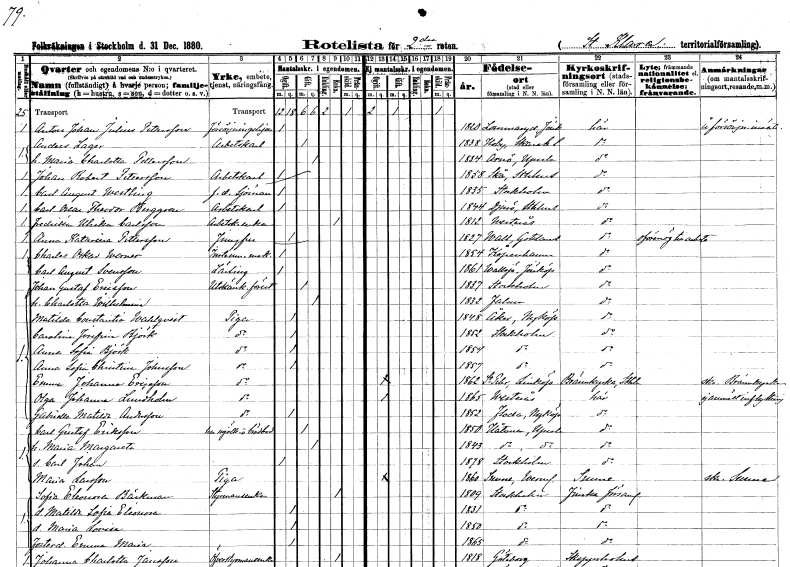
gt_parse: households: individuals: FN: Anton Johan Julius
EN: Pettersson
YRKE: Försörjningshjon
KON: M
CIV: O
FODAR: 1820
FODFORS: Lommaryd Jönköpings län
FN: Anders
EN: Lager
YRKE: Arbetskarl
KON: M
CIV: G
FODAR: 1838
FODFORS: Hovby Skaraborgs län
FN: Maria Charlotta
EN: Pettersson
KON: K
CIV: G
FODAR: 1834
FODFORS: Arnö Uppsala län
FN: Johan Robert
EN: Pettersson
YRKE: Arbetskarl
KON: M
CIV: O
FODAR: 1858
FODFORS: Skå Stockholms län
FN: Carl August
EN: Westling
YRKE: Sjöman f.d.
KON: M
CIV: O
FODAR: 1835
FODFORS: Stockholm
FN: Carl Oscar Theodor
EN: Berggren
YRKE: Arbetskarl
KON: M
CIV: O
FODAR: 1844
FODFORS: Djurö Stockholms län
FN: Fredrika Ulrika
EN: Carlsson
YRKE: Arbetskarlsänka
KON: K
CIV: E
FODAR: 1812
FODFORS: Västerås Västmanlands län
FN: Anna Katarina
EN: Pettersson
YRKE: Jungfru
KON: K
CIV: O
FODAR: 1827
FODFORS: Vall Gotlands län
FN: Charles Oskar
EN: Werner
YRKE: Instrumentmakare
KON: M
CIV: O
FODAR: 1854
FN: Carl August
EN: Svensson
YRKE: Lärling
KON: M
CIV: O
FODAR: 1861
FODFORS: Vallsjö Jönköpings län
FN: Johan Gustaf
EN: Ericsson
YRKE: Utskänkningsföreståndare
KON: M
CIV: G
FODAR: 1837
FODFORS: Stockholm
FN: Charlotta Wilhelmina
KON: K
CIV: G
FODAR: 1832
FODFORS: Falun Kopparbergs län
FN: Matilda Constantia
EN: Wahlqvist
YRKE: Piga
KON: K
CIV: O
FODAR: 1848
FODFORS: Åker Södermanlands län
FN: Carolina Josefina
EN: Björk
YRKE: Piga
KON: K
CIV: O
FODAR: 1852
FODFORS: Stockholm
FN: Anna Sofia
EN: Björk
YRKE: Piga
KON: K
CIV: O
FODAR: 1854
FODFORS: Stockholm
FN: Anna Sofia Christina
EN: Johnsson
YRKE: Piga
KON: K
CIV: O
FODAR: 1857
FODFORS: Stockholm
FN: Emma Johanna
EN: Ericsson
YRKE: Piga
KON: K
CIV: O
FODAR: 1862
FODFORS: Sankt Per Vadstena Östergötlands län
FN: Olga Johanna
EN: Lundholm
YRKE: Piga
KON: K
CIV: O
FODAR: 1865
FODFORS: Västerås Västmanlands län
FN: Gabriella Matilda
EN: Andersson
YRKE: Piga
KON: K
CIV: O
FODAR: 1852
FODFORS: Floda Södermanlands län
FN: Carl Gustaf
EN: Eriksson
YRKE: Har Mjölk- och brödbod
KON: M
CIV: G
FODAR: 1850
FODFORS: Håtuna Stockholms län
FN: Maria Margareta
KON: K
CIV: G
FODAR: 1843
FODFORS: Håtuna Stockholms län
FN: Carl Johan
KON: M
CIV: O
FODAR: 1878
FODFORS: Stockholm
FN: Maria
EN: Larsson
YRKE: Piga
KON: K
CIV: O
FODAR: 1860
FODFORS: Sunne Värmlands län
FN: Sofia Eleonora
EN: Bäckman
YRKE: Styrmansänka
KON: K
CIV: E
FODAR: 1809
FODFORS: Stockholm
FN: Matilda Sofia Eleonora
KON: K
CIV: O
FODAR: 1831
FODFORS: Stockholm
FN: Maria Lovisa
KON: K
CIV: O
FODAR: 1850
FODFORS: Stockholm
FN: Emma Maria
KON: K
CIV: O
FODAR: 1865
FODFORS: Stockholm
FN: Johanna Charlotta
EN: Jansson
YRKE: Överstyrmansänka
KON: K
CIV: E
FODAR: 1818
FODFORS: Göteborg Göteborgs- och Bohuslän